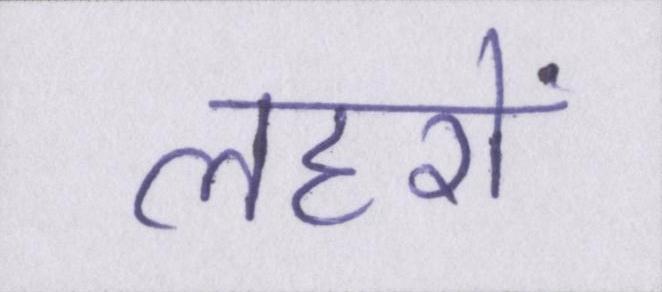
लहरों